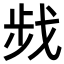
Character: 𢧁